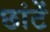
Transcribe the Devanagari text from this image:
छांटें